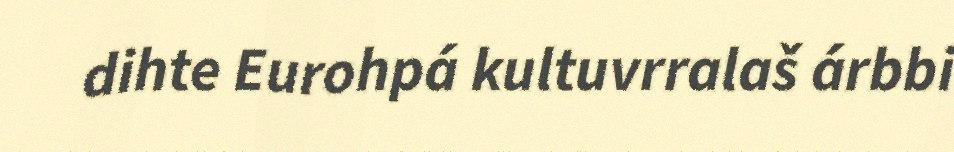
dihte Eurohpá kultuvrralaš árbbi